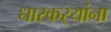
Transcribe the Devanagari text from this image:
धारकर्‍यांना